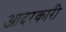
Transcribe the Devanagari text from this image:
आदरकारी